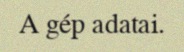
A gép adatai.